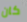
كان